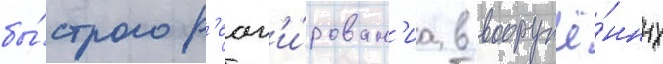
бы́строго р'еаг'и́рован'иа в вооружё́нных